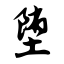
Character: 堕